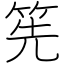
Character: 筅